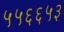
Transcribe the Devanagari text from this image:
५५६६५३